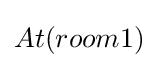
At(room1)